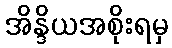
အိန္ဒိယအစိုးရမှ